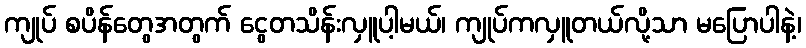
ကျုပ် စပိန်တွေအတွက် ငွေတသိန်းလှူပါ့မယ်၊ ကျုပ်ကလှူတယ်လို့သာ မပြောပါနဲ့၊